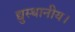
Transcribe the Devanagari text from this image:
द्युस्थानीय।